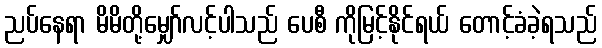
ညပ်နေရာ မိမိတို့မျှော်လင့်ပါသည် ပေစီ ကိုမြင့်နိုင်ရယ် တောင့်ခံခဲ့ရသည်